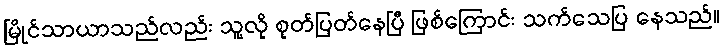
မြိုင်သာယာသည်လည်း သူ့လို စုတ်ပြတ်နေပြီ ဖြစ်ကြောင်း သက်သေပြ နေသည်။